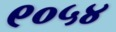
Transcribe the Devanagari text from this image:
९०५४